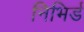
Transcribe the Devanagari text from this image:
निभिर्ड